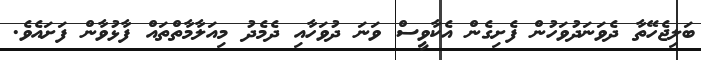
ބަލިޖެހޭތާ ދެވަނަދުވަހުން ފެށިގެން އެކާވީސް ވަނަ ދުވަހާއި ދެމެދު މިއަލާމާތްތައް ފާޅުވާން ފަށައެވެ.